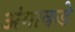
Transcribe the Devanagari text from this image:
अंगाकडे